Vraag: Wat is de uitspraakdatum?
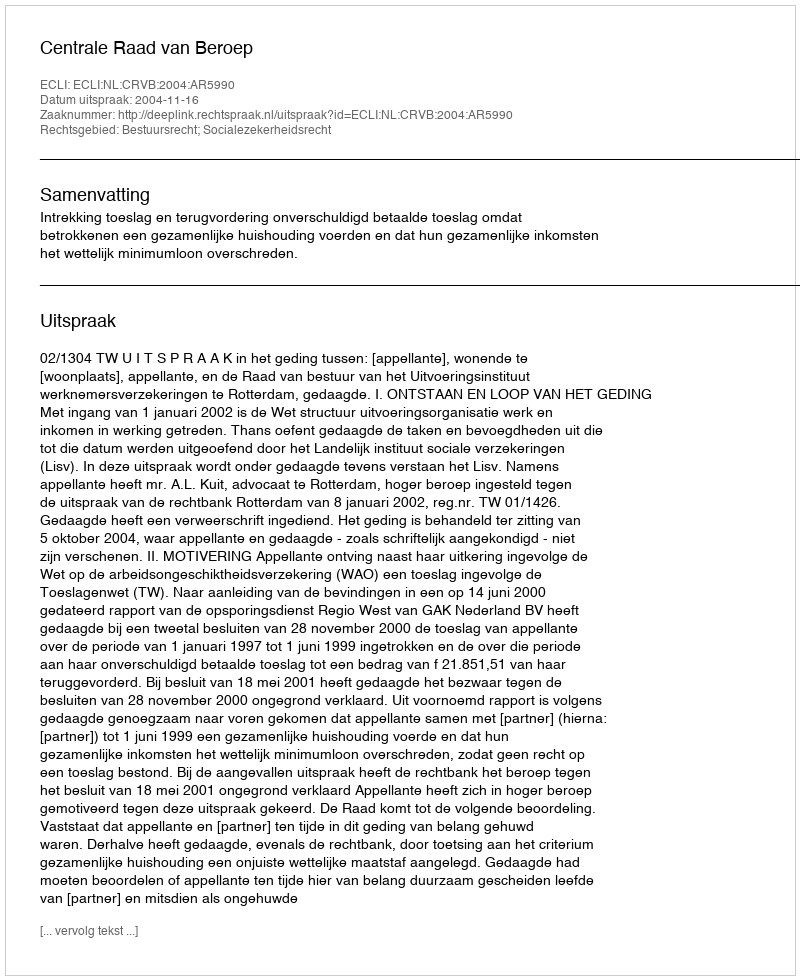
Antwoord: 2004-11-16